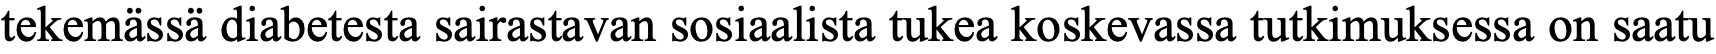
tekemässä diabetesta sairastavan sosiaalista tukea koskevassa tutkimuksessa on saatu